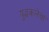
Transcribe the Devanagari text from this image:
युद्धकलेचा